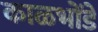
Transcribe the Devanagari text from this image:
काळभोंडे